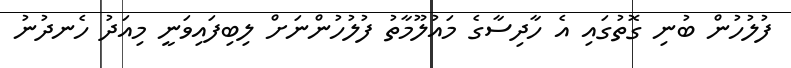
ފުލުހުން ބުނި ގޮތުގައި އެ ހާދިސާގެ މައުލޫމާތު ފުލުހުންނަށް ލިބިފައިވަނީ މިއަދު ހެނދުނު